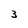
Character: 3